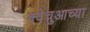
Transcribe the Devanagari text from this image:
क्वेचुआच्या